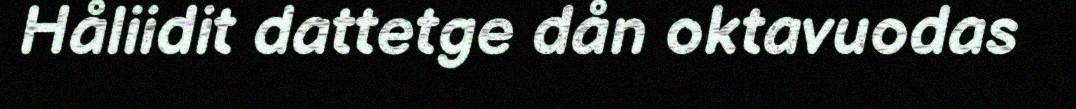
Håliidit dattetge dån oktavuodas